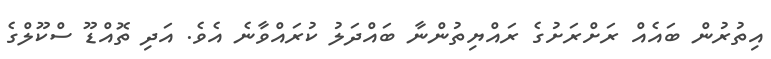
އިތުރުން ބައެއް ރަށްރަށުގެ ރައްޔިތުންނާ ބައްދަލު ކުރައްވާނެ އެވެ. އަދި ތޮއްޑޫ ސްކޫލްގެ